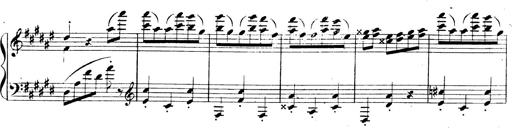
Title: 3 Caprices-Valses
Composer: Franz Liszt